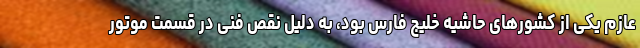
عازم یکی از کشورهای حاشیه خلیج فارس بود، به دلیل نقص فنی در قسمت موتور